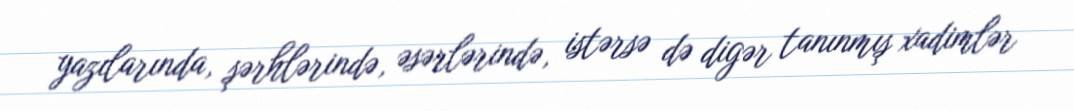
yazılarında, şərhlərində, əsərlərində, istərsə də digər tanınmış xadimlər